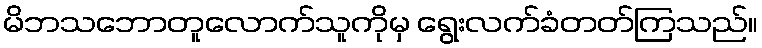
မိဘသဘောတူလောက်သူကိုမှ ရွေးလက်ခံတတ်ကြသည်။